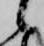
候